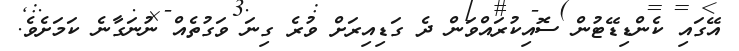
އޭގައި ކެންޑިޑޭޓުން ސޮއިކުރައްވަން ދެ ގަޑިއިރަށް ވުރެ ގިނަ ވަގުތެއް ނުނަގާނެ ކަމަށެވެ.